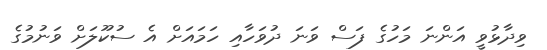
ވިދާޅުވީ އަންނަ މަހުގެ ފަސް ވަނަ ދުވަހާއި ހަމައަށް އެ ސުކޫލަށް ވަނުމުގެ